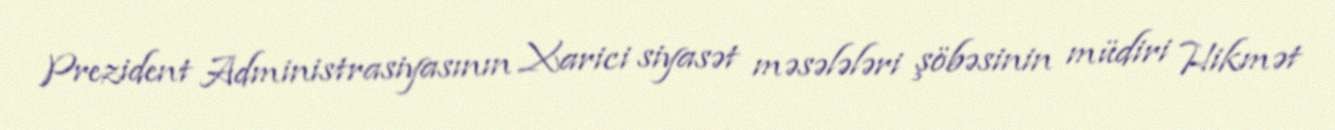
Prezident Administrasiyasının Xarici siyasət məsələləri şöbəsinin müdiri Hikmət